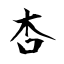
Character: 杏